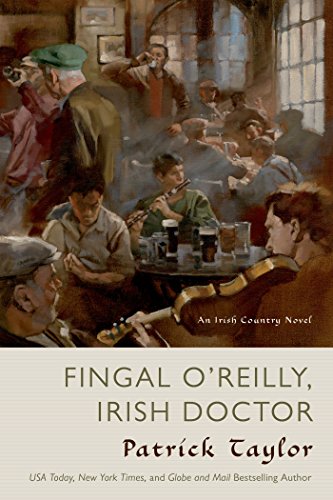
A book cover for Fingal O'Reilly, Irish Doctor: An Irish Country Novel (Irish Country Books); Patrick Taylor; Mystery, Thriller & Suspense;